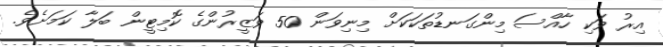
އިރު ވަކި ހާއްސަ މިންގަނޑުތަކަކަށް މިނިވަން 50 ވަޒީރުންގެ ކޮމިޓީން ބަލާ ކަމަށެވެ.